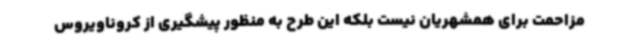
مزاحمت برای همشهریان نیست بلکه این طرح به منظور پیشگیری از کروناویروس